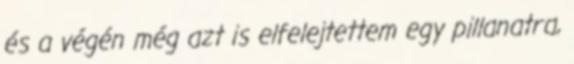
és a végén még azt is elfelejtettem egy pillanatra,